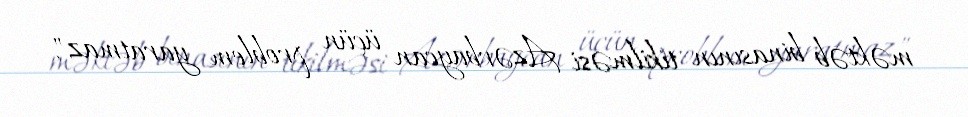
məktəb binasının tikilməsi Azərbaycan üçün problem yaratmaz".